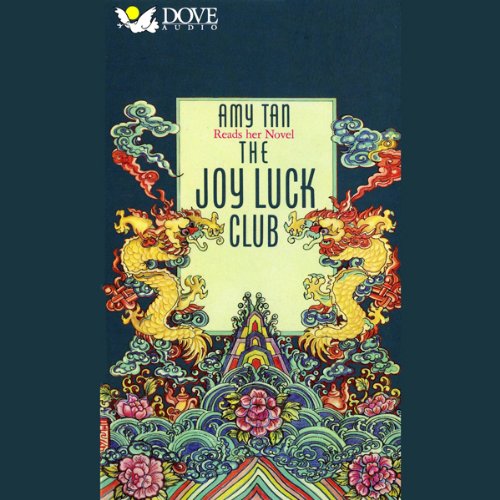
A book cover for The Joy Luck Club; Amy Tan; Literature & Fiction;